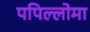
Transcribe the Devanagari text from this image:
पपिल्लोमा